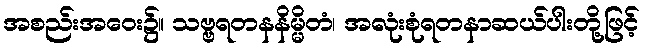
အစည်းအဝေး၌။ သဗ္ဗရတနနိမ္မိတံ၊ အလုံးစုံရတနာဆယ်ပါးတို့ဖြင့်